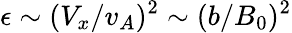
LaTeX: \epsilon\sim(V_{x}/v_{A})^{2}\sim(b/B_{0})^{2}